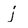
Character: j